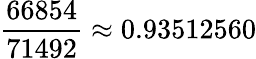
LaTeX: \frac{66854}{71492}\approx 0.93512560